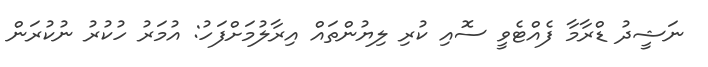
ނަޝީދު ޑްރާމާ ފެއްޓެވީ ސޮއި ކުރި ލިޔުންތައް އިރާލުމަށްފަހު: އުމަރު ހުކުރު ނުކުރަން